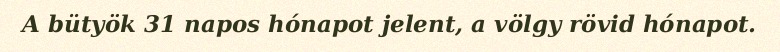
A bütyök 31 napos hónapot jelent, a völgy rövid hónapot.